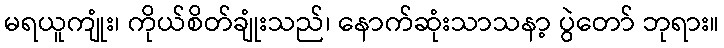
မရယူကျုံး၊ ကိုယ်စိတ်ချုံးသည်၊ နောက်ဆုံးသာသနာ့ ပွဲတော် ဘုရား။